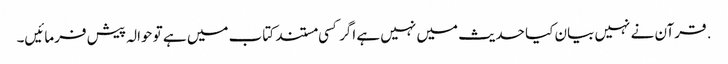
. قرآن نے نہیں بیان کیا حدیث میں نہیں ہے اگر کسی مستند کتاب میں ہے تو حوالہ پیش فرمائیں۔